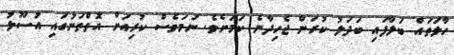
ހާލަތައް ބަލާފައި ބަދަލު ކުރަން ޖެހިދާނެ ކަމަށެވެ. ނަމަވެސް ކުރިއަށް އޮތްތަނުގައި އުސޫލު